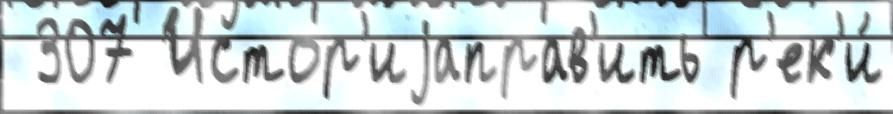
 307 Истор'иjаправ'ить р'ек'и́